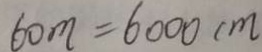
6 0 m = 6 0 0 0 c m